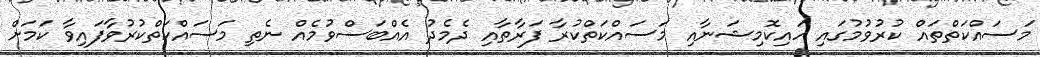
މަސައްކަތްތައް ކުރުވުމުގައި ހައިކޮމިޝަނާއި މަސައްކަތްކުރާ ފަރާތާއި ދެމެދު އެއްބަސްވުމެއް ނެތި މަސައްކަތްކުރުވާފައިވާ ކަަމަށް